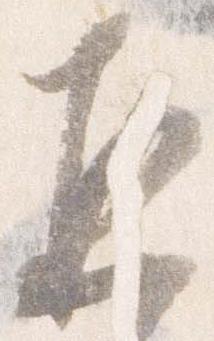
恐